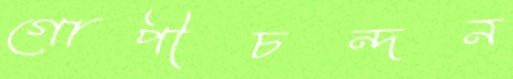
গোপীচন্দন